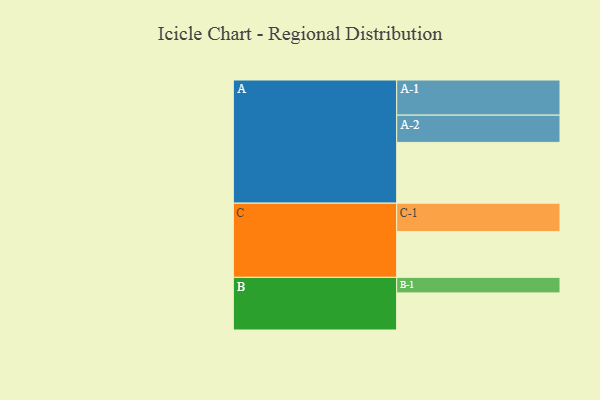
{"axis": {"x": "Segment", "y": "Value"}, "legend": ["", "A", "B", "C"], "data": [{"x": "A", "y": 500, "type": ""}, {"x": "B", "y": 305, "type": ""}, {"x": "C", "y": 376, "type": ""}, {"x": "A-1", "y": 289, "type": "A"}, {"x": "A-2", "y": 224, "type": "A"}, {"x": "B-1", "y": 128, "type": "B"}, {"x": "C-1", "y": 234, "type": "C"}]}